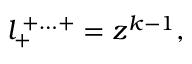
l _ { + } ^ { \; + \ldots + } = z ^ { k - 1 } ,